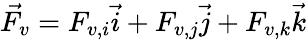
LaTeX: \vec{F_{v}}=F_{v,i}\vec{i}+F_{v,j}\vec{j}+F_{v,k}\vec{k}